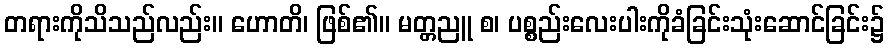
တရားကိုသိသည်လည်း။ ဟောတိ၊ ဖြစ်၏။ မတ္တညူ စ၊ ပစ္စည်းလေးပါးကိုခံခြင်းသုံးဆောင်ခြင်း၌